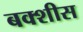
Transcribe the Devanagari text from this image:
बक्शीस